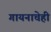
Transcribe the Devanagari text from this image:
गायनाचेही